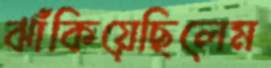
ঝাঁকিয়েছিলেম